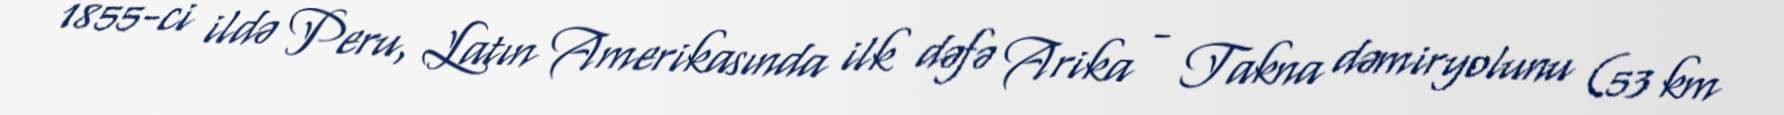
1855-ci ildə Peru, Latın Amerikasında ilk dəfə Arika - Takna dəmiryolunu (53 km